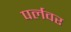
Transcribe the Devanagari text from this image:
पर्लवर